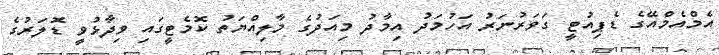
އެމްއެމްއޭގެ ޑެޕިއުޓީ ގަވަރުނަރު އަހުމަދު އިމާދު މިއަދުގެ މާލިއްޔަތު ކޮމެޓީގައި ވިދާޅުވީ ޑޮލަރުގެ